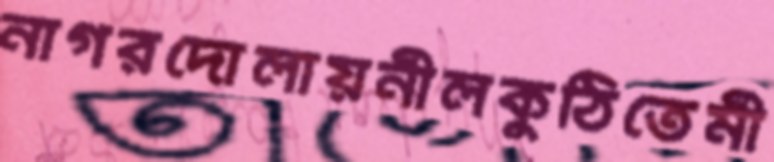
নাগরদোলায়নীলকুঠিতেমী